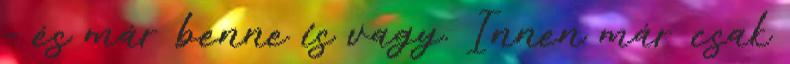
– és már benne is vagy. Innen már csak